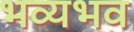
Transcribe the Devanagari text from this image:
भव्यभव